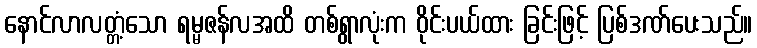
နောင်လာလတ္တံ့သော ရမ္မဇန်လအထိ တစ်ရွာလုံးက ဝိုင်းပယ်ထား ခြင်းဖြင့် ပြစ်ဒဏ်ပေးသည်။